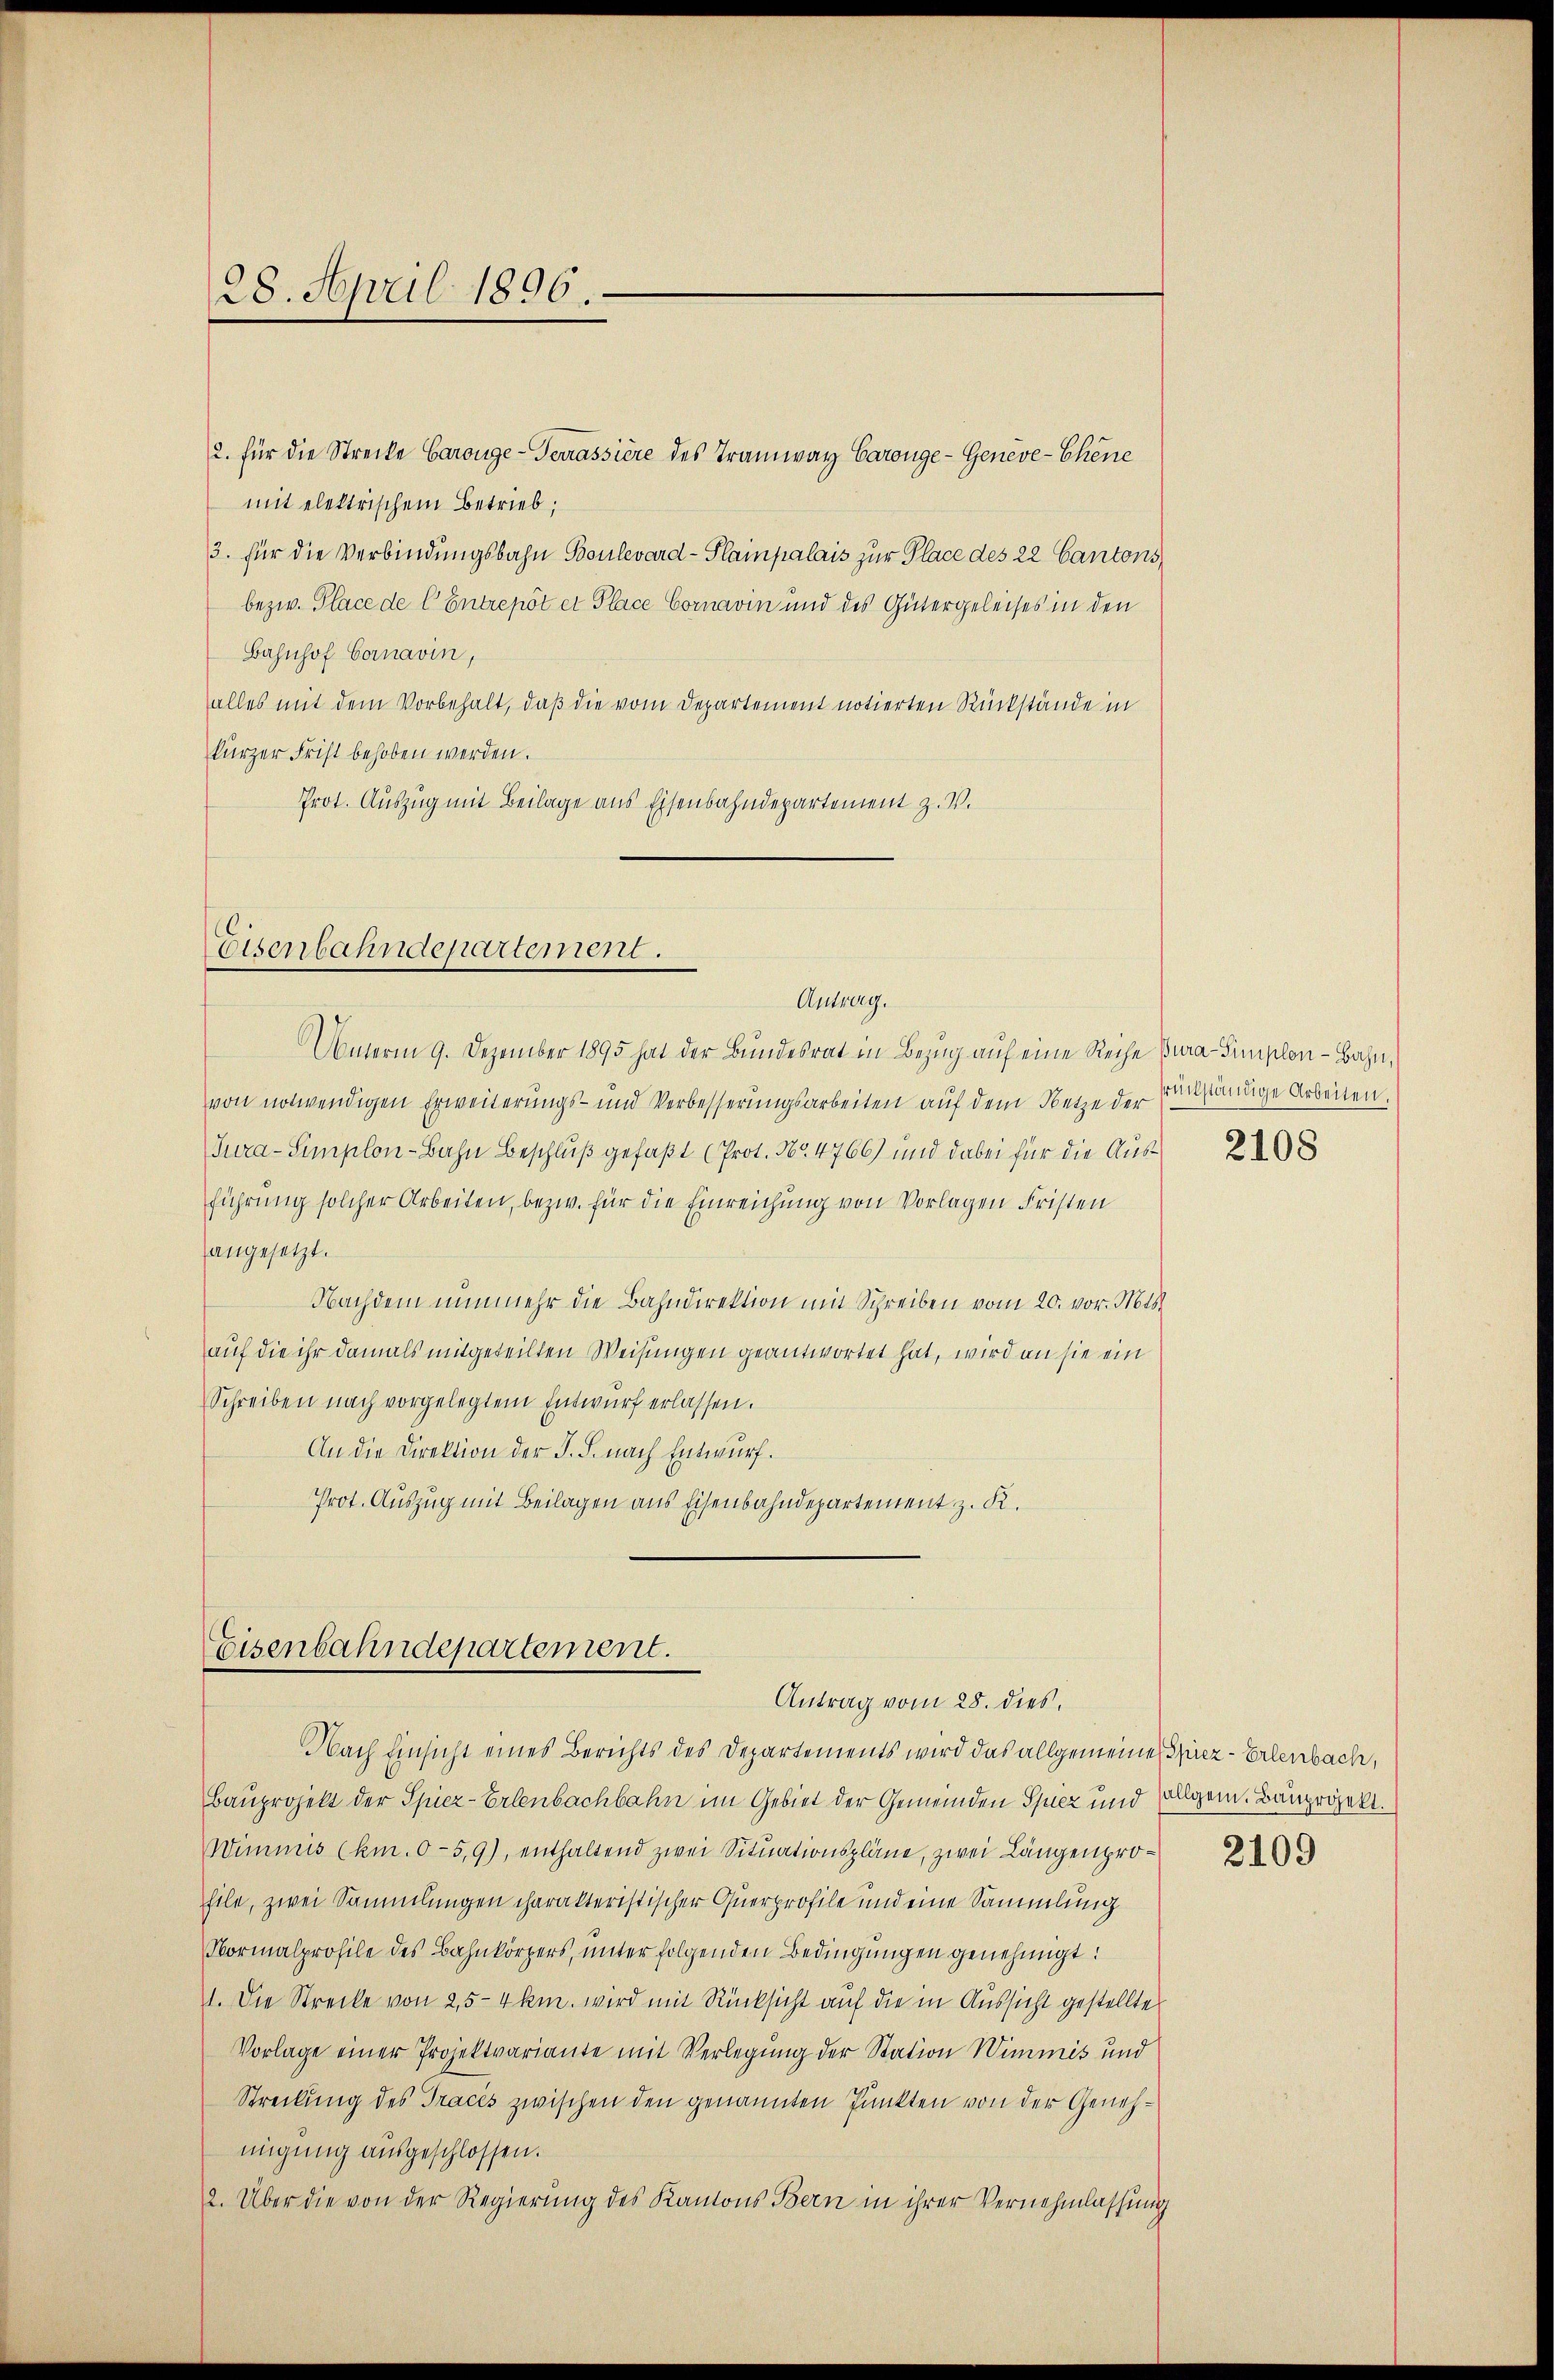
28. April 1896.

2. für die Strecke Carouge-Terrassiere des Tramway Carouge-Genève-Chene
mit elektrischem Betrieb,
3. für die Verbindungsbahn Boulevard-Plainpalais zur Place des 22 Cantons
bezw. Place de l. Entrepôt et Place Cornavin und des Gütergeleises in den
Bahnhof Cornavin,
alles mit dem Vorbehalt, daß die vom Departement notierten Rückstände in
kurzer Frist behoben werden.
Prot. Auszug mit Beilage aus Eisenbahndepartement z. V.

Eisenbahndepartement.
Antrag.

Unterm 9. Dezember 1895 hat der Bundesrat in Bezug auf eine Reihe Bura-Simplon - Bahn,
von notwendigen Erweiterungs- und Verbesserungsarbeiten auf dem Netze der
Tura-Simplon-Bahn Beschluß gefaßt (Prot. No 4766) und dabei für die Ausführung solcher Arbeiten, bezw. für die Einreichung von Vorlagen Fristen
angesetzt.
Nachdem nunmehr die Bahndirektion mit Schreiben vom 20. vor. Mts
auf die ihr damals mitgeteilten Weisungen geantwortet hat, wird an sie ein
Schreiben nach vorgelegtem Entwurf erlassen.
An die Direktion der J. J. nach Entwurf.
Prot. Auszug mit Beilagen aus Eisenbahndepartement z. K.

Eisenbahndepartement.
Antrag vom 28. dies

Nach Einsicht eines Berichts des Departements wird das allgemeines Spiez- Erlenbach,
Bauprojekt der Spier-Erlenbachbahn im Gebiet der Gemeinden Spiez und allgem. Bauprojekt.
Wimmis (km. 0-5,9), enthaltend zwei Situationspläne, zwei Längenprohile, zwei Sammlungen charakteristischer Querprofile und eine Sammlung
Normalprofile des Bahnkörpers, unter folgenden Bedingungen genehmigt:
1. Die Strecke von 25-4 km. wird mit Rücksicht auf die in Aussicht gestellte
Vorlage einer Projektvariante mit Verlegung der Station Wimmes und
Streckung des Traces zwischen den genannten Punkten von der Genehmigung ausgeschlossen.
2. Über die von der Regierung des Kantons Bern in ihrer Vernehmlassung

srückständige Arbeiten.

2108

2109